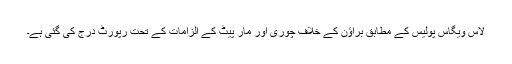
لاس ویگاس پولیس کے مطابق براؤن کے خلاف چوری اور مار پیٹ کے الزامات کے تحت رپورٹ درج کی گئی ہے۔